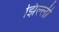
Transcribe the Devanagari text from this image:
झिल्‍ली